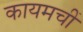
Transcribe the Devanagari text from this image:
कायमचीं